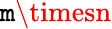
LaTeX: \mathtt{m}\timesn